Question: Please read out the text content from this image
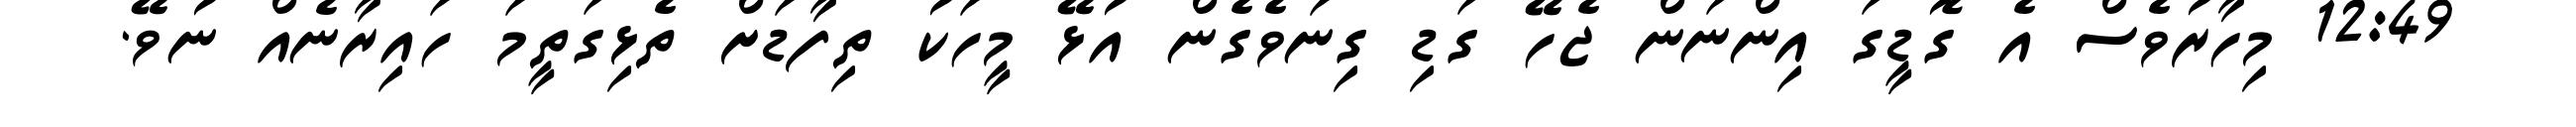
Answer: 12:49 މިހާރުވެސް އެ ގޮޑީގަ އިންނަން ޖެހޭ ގަޑި ގިނަވެގެން އުޅޭ މީހަކު ތިފާޑަށް ތެޅިގަތީމަ ހައިރާނެއް ނުވޭ.